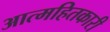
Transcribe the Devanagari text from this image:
आत्महितकारी